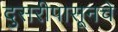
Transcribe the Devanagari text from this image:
दुसरीपासूनचे